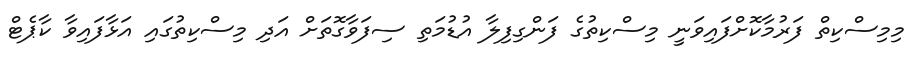
މިމިސްކިތް ފަރުމާކޮށްފައިވަނީ މިސްކިތުގެ ފަންގިފިލާ އުޑުމަތި ސިފަވާގޮތަށް އަދި މިސްކިތުގައި އަޅާފައިވާ ކާޕެޓް